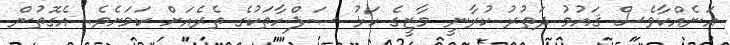
އަނެއްކާވެސް ޤައުމު ދަތުރު ކުރާނީ މާޒީގެ ކަޅު ޞަފްހާތަކުގެ ތެރެއަށް ކަމަށެވެ. އެގޮތުން